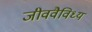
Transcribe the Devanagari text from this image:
जीववैविध्य